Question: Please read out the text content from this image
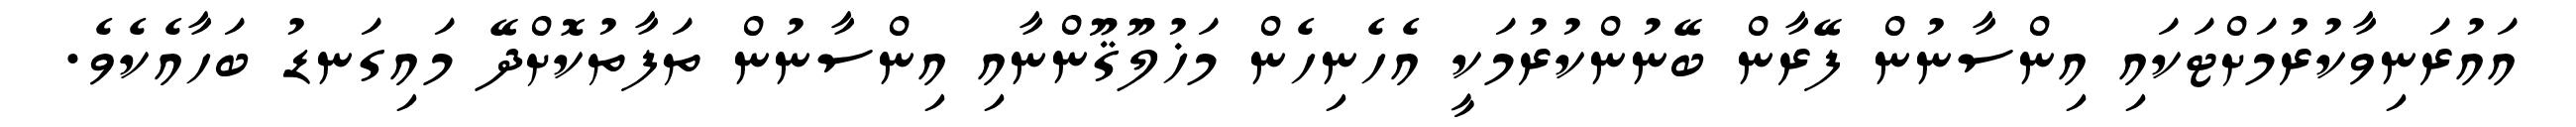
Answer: އައުރަނިވާކުރުމަށްޓަކައި އިންސާނުން ފޭރާން ބޭނުންކުރުމަކީ އެހެނިހެން މަޚުލޫޤޫންނާއި އިންސާނުން ތަފާތުކޮށްދޭ މައިގަނޑު ބަހާއެކެވެ.